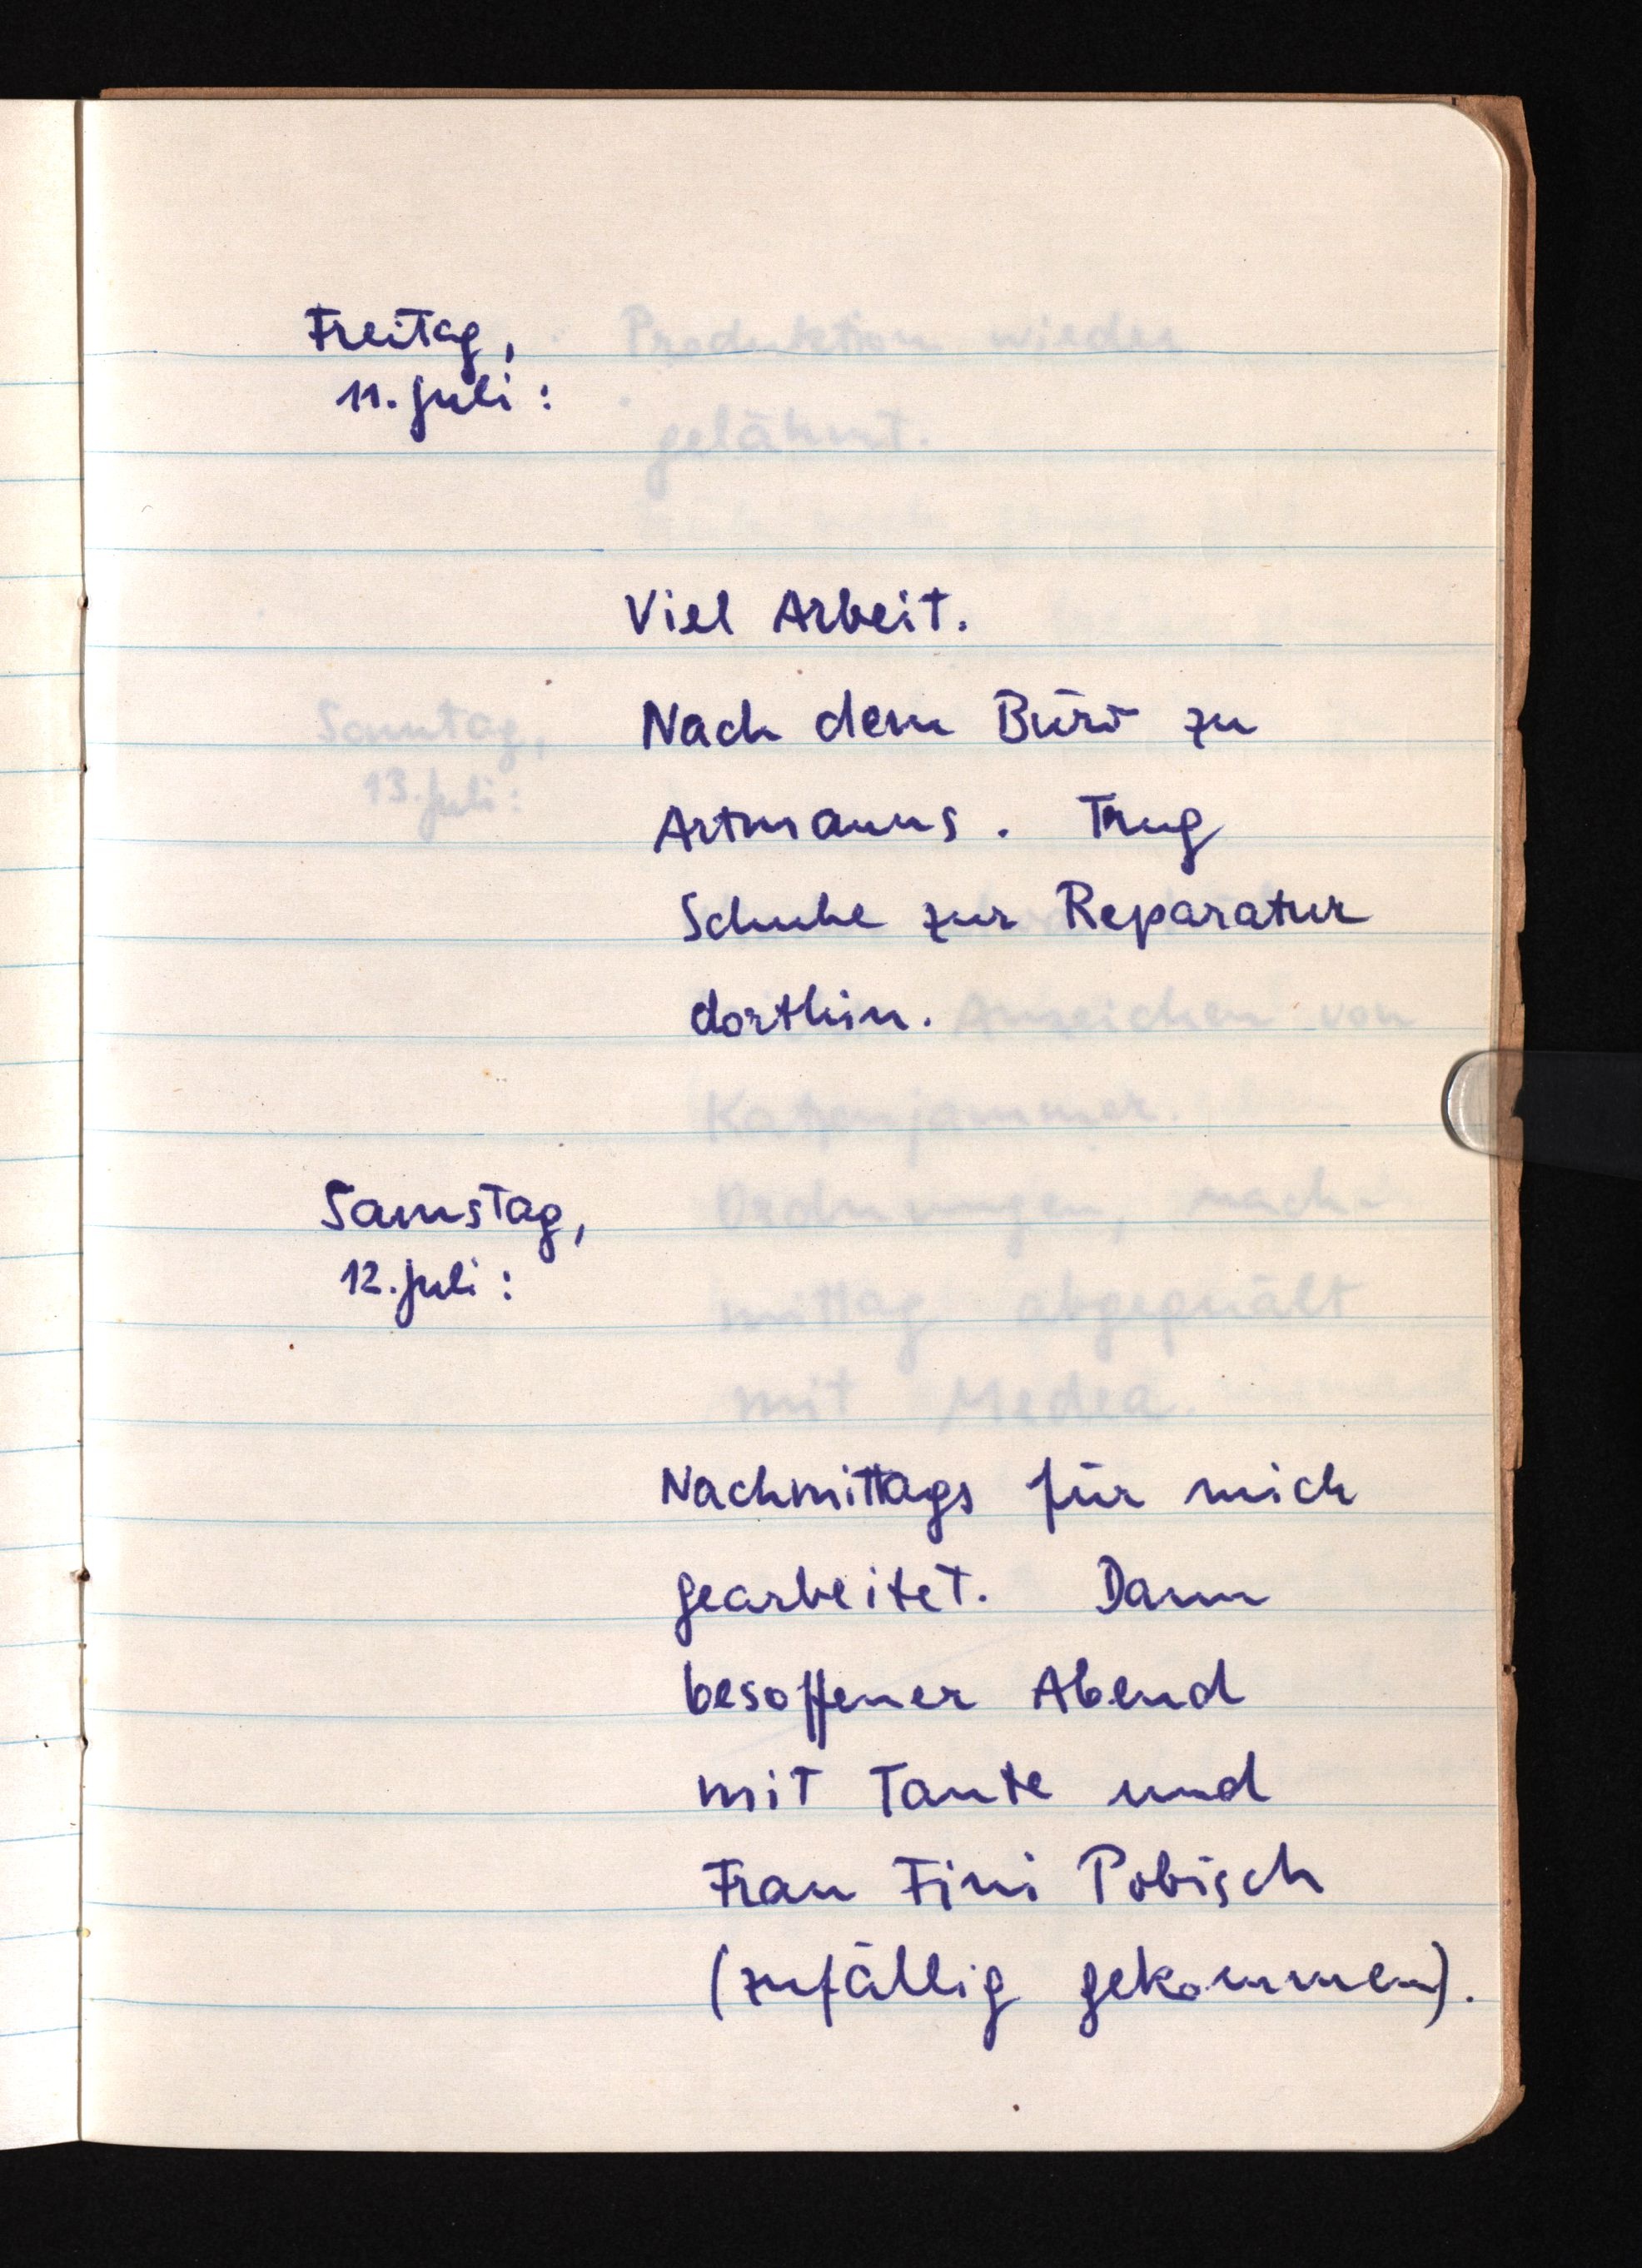
Freitag,
11. Juli:
Viel Arbeit.
Nach dem Büro zu
Artmanns. Trug
Schuhe zur Reparatur
dorthin.
Samstag,
12. Juli:
Nachmittags für mich
gearbeitet. Dann
besoffener Abend
mit Tante und
Frau Fini Pobisch
(zufällig gekommen).